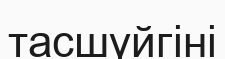
тасшүйгіні